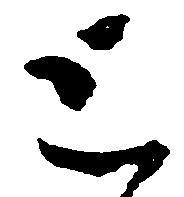
と